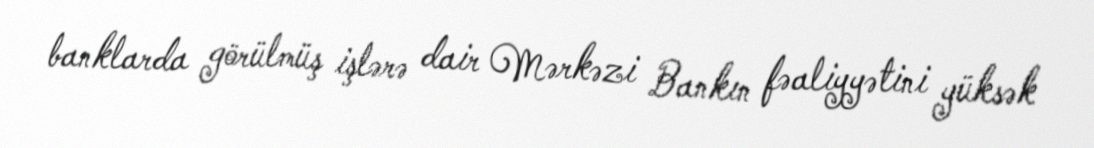
banklarda görülmüş işlərə dair Mərkəzi Bankın fəaliyyətini yüksək